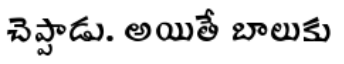
చెప్పాడు. అయితే బాలుకు